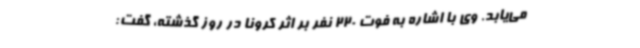
می‌یابد. وی با اشاره به فوت 220 نفر بر اثر کرونا در روز گذشته، گفت: